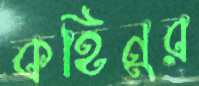
কহিনুর